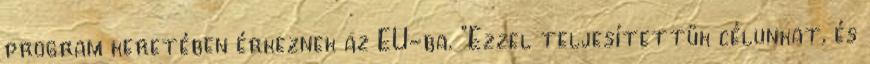
program keretében érkeznek az EU-ba. "Ezzel teljesítettük célunkat, és